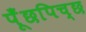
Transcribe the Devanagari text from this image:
पूँछपिच्छ